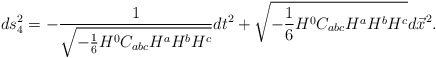
\begin{align*}ds^2_4=-{1\over{\sqrt{-{1\over 6}H^0C_{abc}H^aH^bH^c}}}dt^2+\sqrt{-{1\over 6}H^0C_{abc}H^aH^bH^c}d\vec{x}^2.\end{align*}